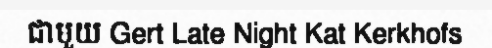
ជាមួយ Gert Late Night Kat Kerkhofs